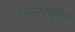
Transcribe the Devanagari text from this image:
उंबरखिंडीचा